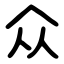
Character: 众